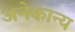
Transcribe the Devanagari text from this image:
अनेकान्य